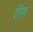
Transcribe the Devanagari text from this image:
रोंस